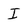
Character: I